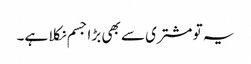
یہ تو مشتری سے بھی بڑا جسم نکلا ہے۔